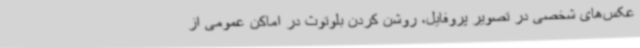
عکس‌های شخصی در تصویر پروفایل، روشن کردن بلوتوث در اماکن عمومی از